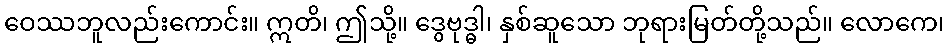
ဝေဿဘူလည်းကောင်း။ ဣတိ၊ ဤသို့။ ဒွေဗုဒ္ဓါ၊ နှစ်ဆူသော ဘုရားမြတ်တို့သည်။ လောကေ၊